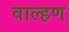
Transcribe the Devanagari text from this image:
वाल्हण